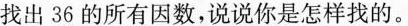
找出36的所有因数，说说你是怎样找的。